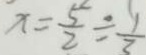
x = \frac { 5 } { 2 } \div \frac { 1 } { 2 }